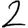
Digit: 2